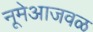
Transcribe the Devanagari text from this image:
नूमेआजवळ